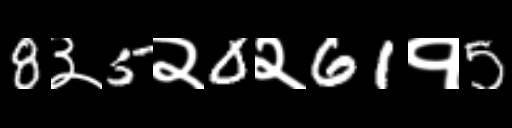
Text: 8३5२0२61१5